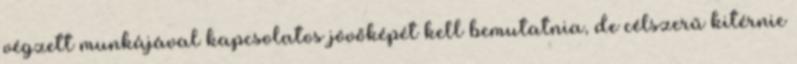
végzett munkájával kapcsolatos jövőképét kell bemutatnia, de célszerű kitérnie